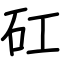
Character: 矼